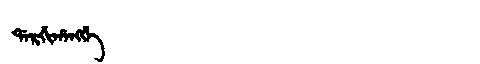
Manchu: ᡩᠠᡵᡤᡳᡥᠠᠩᡤᡝ
Romanization: DARGIHANGGE